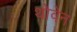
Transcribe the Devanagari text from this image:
थोवेन